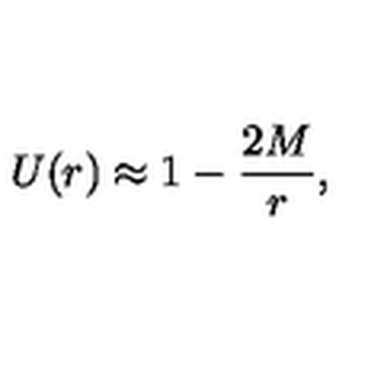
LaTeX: U ( r ) \approx 1 - \frac { 2 M } { r } ,